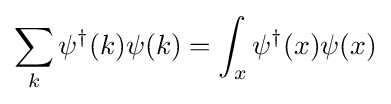
\sum _{k}\psi ^{\dagger }(k)\psi (k)=\int _{x}\psi ^{\dagger }(x)\psi (x)